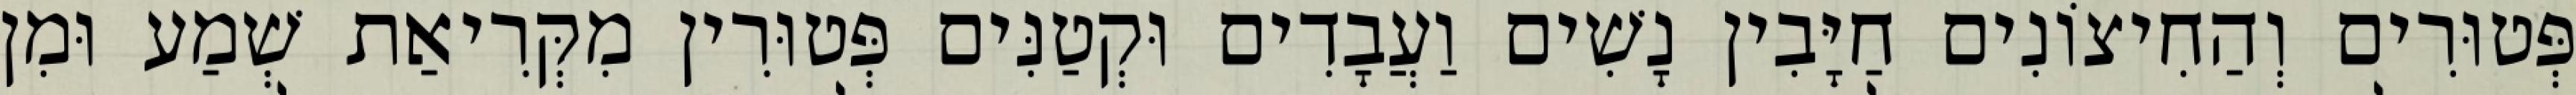
פְּטוּרִים וְהַחִיצוֹנִים חַיָּבִין נָשִׁים וַעֲבָדִים וּקְטַנִּים פְּטוּרִין מִקְּרִיאַת שְׁמַע וּמִן